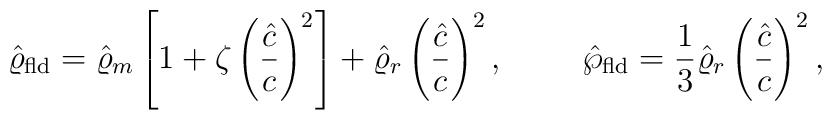
\hat{\varrho}_{\rm fld}=\hat{\varrho}_m\left[1+\zeta\left({\hat{c}\over c}\right)^2\right]+\hat{\varrho}_r\left({\hat{c}\over c}\right)^2,\ \ \ \ \ \ \ \hat{\wp}_{\rm fld}={1\over 3}\hat{\varrho}_r\left({\hat{c}\over c}\right)^2,